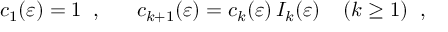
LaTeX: c _ { 1 } ( \varepsilon ) = 1 \; \; , \; \; \; \; \; \; c _ { k + 1 } ( \varepsilon ) = c _ { k } ( \varepsilon ) \, { { I } } _ { k } ( \varepsilon ) \; \; \; \; ( k \geq 1 ) \; \; ,